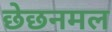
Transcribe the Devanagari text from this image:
छेछनमल